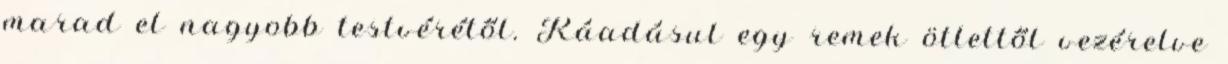
marad el nagyobb testvérétől. Ráadásul egy remek ötlettől vezérelve